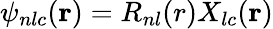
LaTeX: \psi_{nlc}(\mathbf{r})=R_{nl}(r)X_{lc}(\mathbf{r})